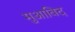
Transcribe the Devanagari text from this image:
मुआबिद